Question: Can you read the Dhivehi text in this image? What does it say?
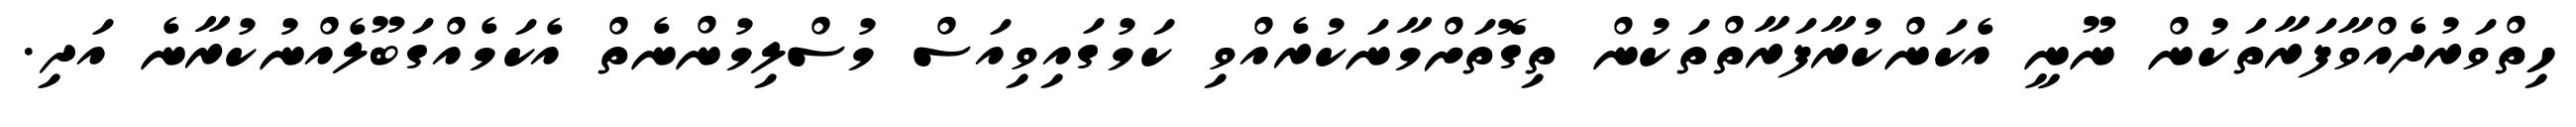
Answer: ހިތްވަރުދެއްވާފަރާތަކުން ނޫނީ އެކަންކުރާފަރާތްތަކުން ތިގޮތަށްމާނަކުރެއްވި ކަމުގައިވިއަސް މުސްލިމުންނެތް އެކަމެއްގަބޫލެއްނުކުރާނެ އަދި.